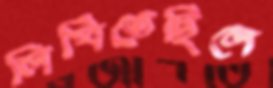
লিখিতেছিলে